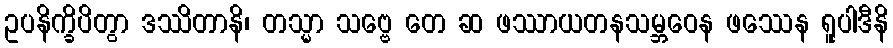
ဥပနိက္ခိပိတွာ ဒဿိတာနိ၊ တသ္မာ သဗ္ဗေ တေ ဆ ဖဿာယတနသမ္ဘဝေန ဖဿေန ရူပါဒီနိ